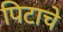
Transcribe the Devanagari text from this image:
पिटाचे